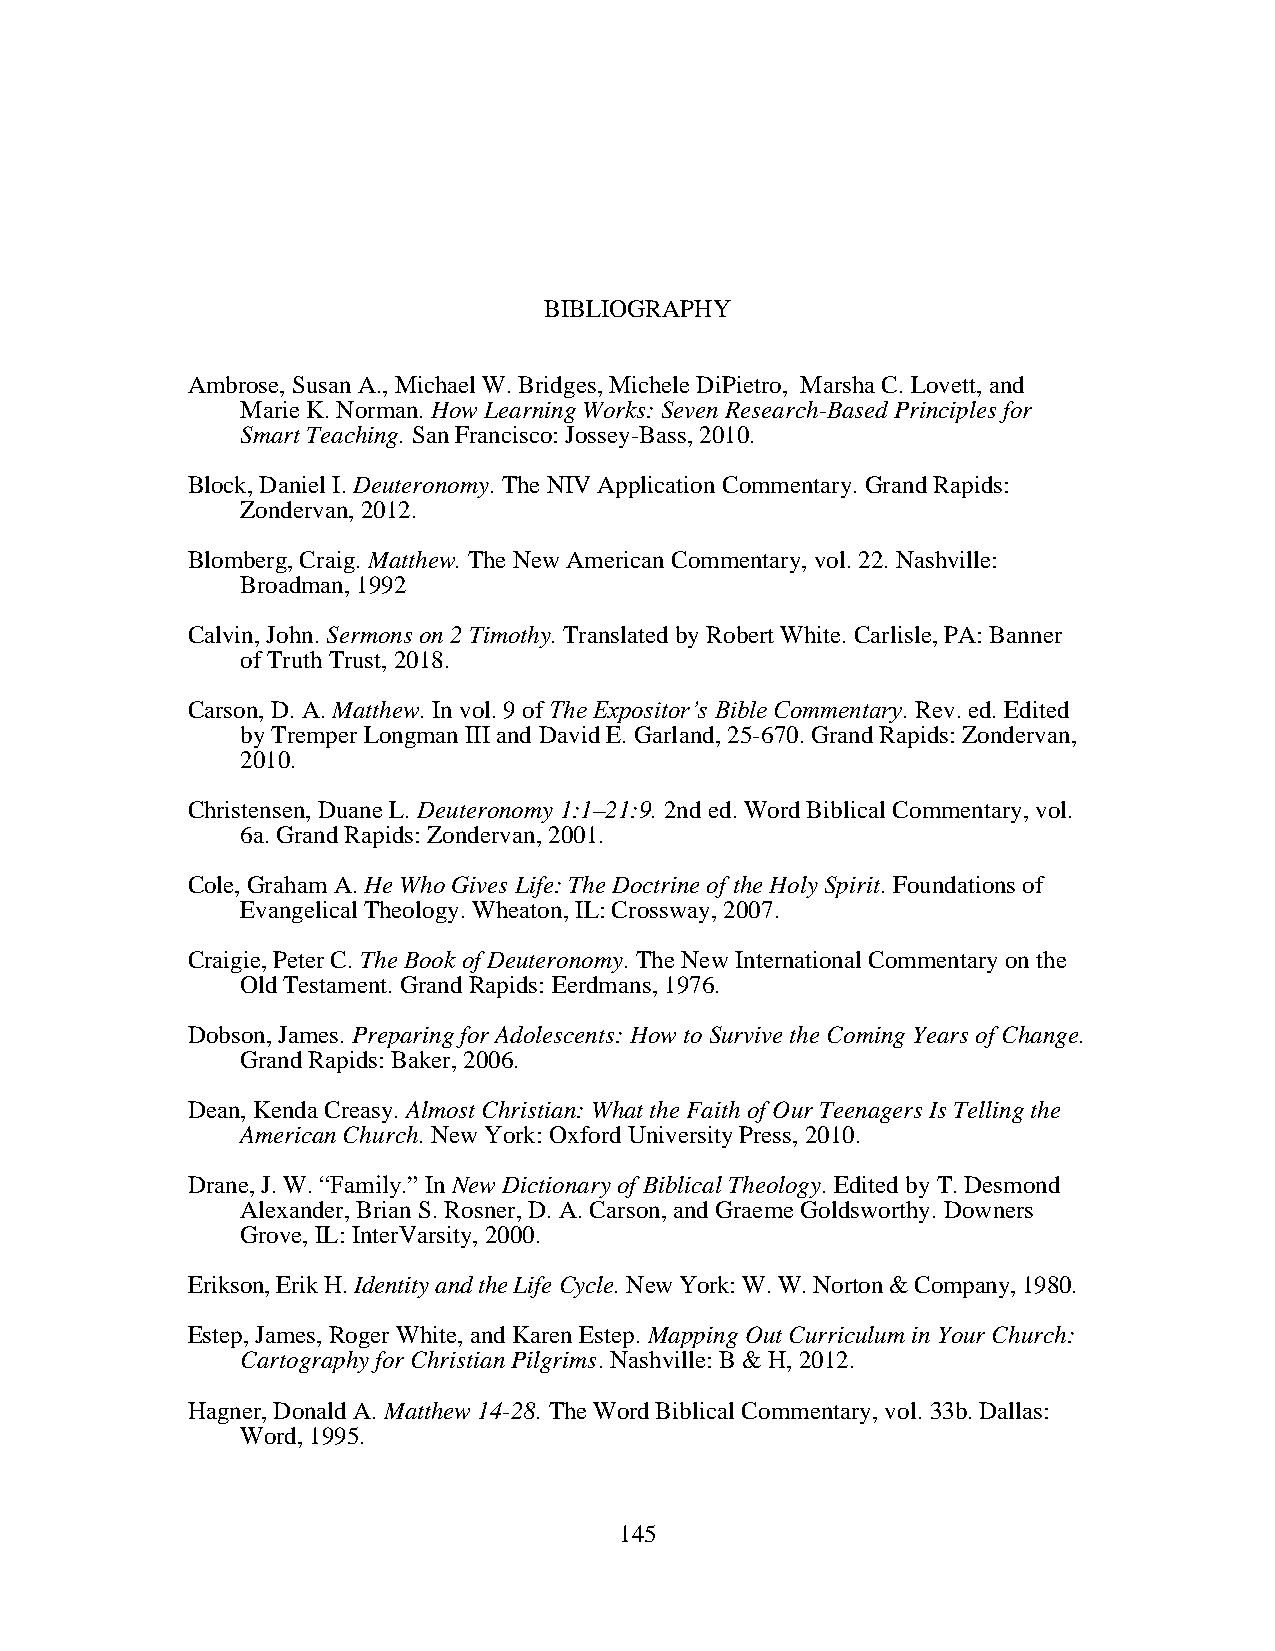
BIBLIOGRAPHY
 Ambrose, Susan A., Michael W. Bridges, Michele DiPietro, Marsha C. Lovett, and
 Marie K. Norman. How Learning Works: Seven Research-Based Principles for
 Smart Teaching. San Francisco: Jossey-Bass, 2010.
 Block, Daniel I. Deuteronomy. The NIV Application Commentary. Grand Rapids:
 Zondervan, 2012.
 Blomberg, Craig. Matthew. The New American Commentary, vol. 22. Nashville:
 Broadman, 1992
 Calvin, John. Sermons on 2 Timothy. Translated by Robert White. Carlisle, PA: Banner
 of Truth Trust, 2018.
 Carson, D. A. Matthew. In vol. 9 of The Expositor’s Bible Commentary. Rev. ed. Edited
 by Tremper Longman III and David E. Garland, 25-670. Grand Rapids: Zondervan,
 2010.
 Christensen, Duane L. Deuteronomy 1:1–21:9. 2nd ed. Word Biblical Commentary, vol.
 6a. Grand Rapids: Zondervan, 2001.
 Cole, Graham A. He Who Gives Life: The Doctrine of the Holy Spirit. Foundations of
 Evangelical Theology. Wheaton, IL: Crossway, 2007.
 Craigie, Peter C. The Book of Deuteronomy. The New International Commentary on the
 Old Testament. Grand Rapids: Eerdmans, 1976.
 Dobson, James. Preparing for Adolescents: How to Survive the Coming Years of Change.
 Grand Rapids: Baker, 2006.
 Dean, Kenda Creasy. Almost Christian: What the Faith of Our Teenagers Is Telling the
 American Church. New York: Oxford University Press, 2010.
 Drane, J. W. “Family.” In New Dictionary of Biblical Theology. Edited by T. Desmond
 Alexander, Brian S. Rosner, D. A. Carson, and Graeme Goldsworthy. Downers
 Grove, IL: InterVarsity, 2000.
 Erikson, Erik H. Identity and the Life Cycle. New York: W. W. Norton & Company, 1980.
 Estep, James, Roger White, and Karen Estep. Mapping Out Curriculum in Your Church:
 Cartography for Christian Pilgrims. Nashville: B & H, 2012.
 Hagner, Donald A. Matthew 14-28. The Word Biblical Commentary, vol. 33b. Dallas:
 Word, 1995.
 145